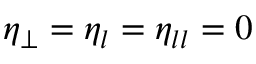
\eta _ { \perp } = \eta _ { l } = \eta _ { l l } = 0